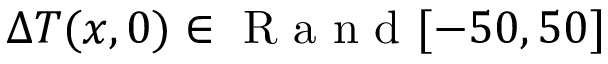
\Delta T ( x , 0 ) \in \mathrm { ~ R ~ a ~ n ~ d ~ } [ - 5 0 , 5 0 ]